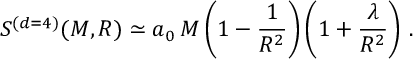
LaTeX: S ^ { ( d = 4 ) } ( M , R ) \simeq a _ { 0 } \, M \left( 1 - \frac { 1 } { R ^ { 2 } } \right) \left( 1 + \frac { \lambda } { R ^ { 2 } } \right) \, .